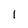
Character: 1